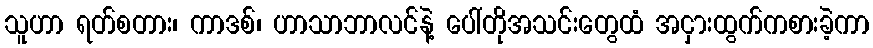
သူဟာ ရတ်စတား၊ ကာဒစ်၊ ဟာသာဘာလင်နဲ့ ပေါ်တိုအသင်းတွေထံ အငှားထွက်ကစားခဲ့ကာ